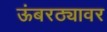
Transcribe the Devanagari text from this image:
ऊंबरठ्यावर